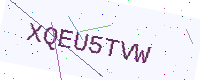
Text: XQEU5TVW